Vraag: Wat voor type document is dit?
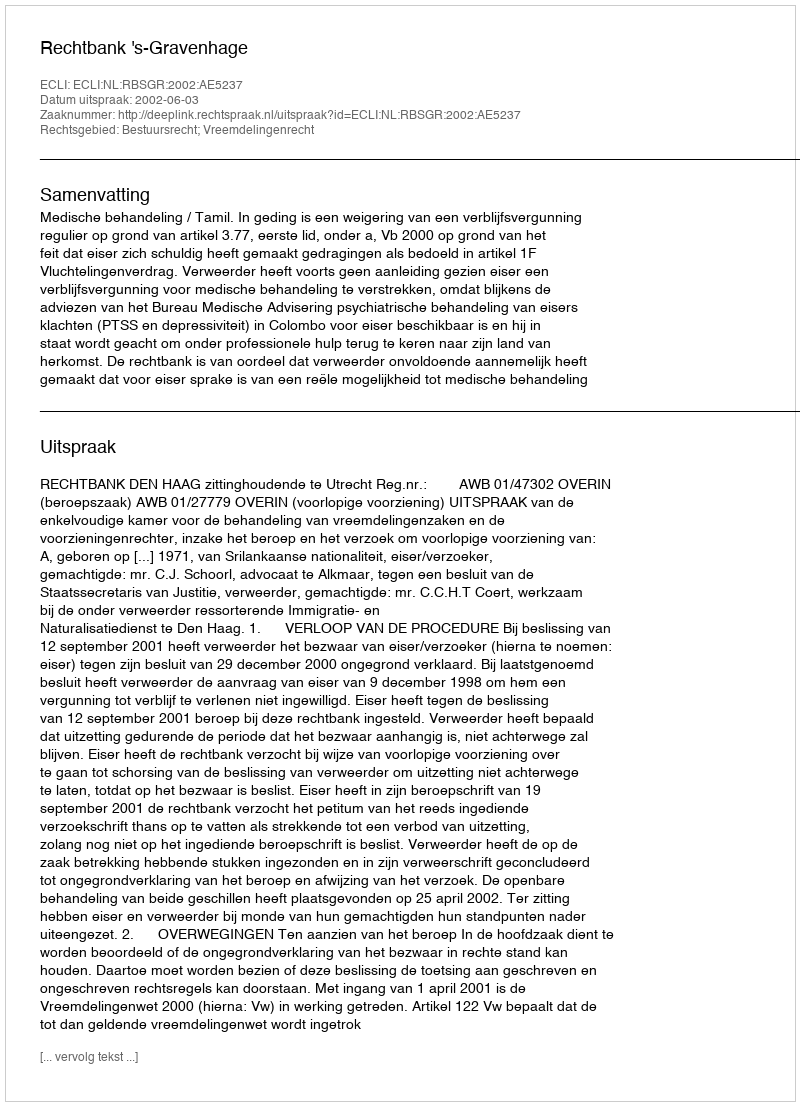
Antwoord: Uitspraak